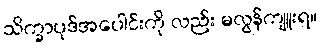
သိက္ခာပုဒ်အပေါင်းကို လည်း မလွန်ကျူးရ။